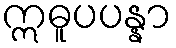
ဣဓူပပန္နာ